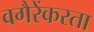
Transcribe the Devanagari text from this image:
वगैरेंकरता